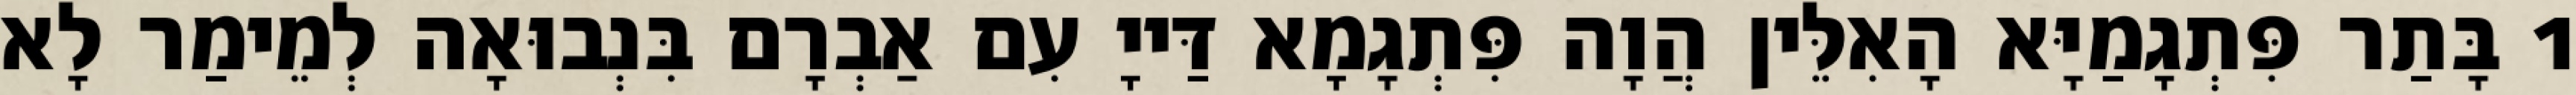
1 בָּתַר פִּתְגָמַיָּא הָאִלֵּין הֲוָה פִּתְגָמָא דַּייָ עִם אַבְרָם בִּנְבוּאָה לְמֵימַר לָא